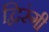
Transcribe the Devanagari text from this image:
द्विरंगी